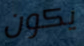
يكون